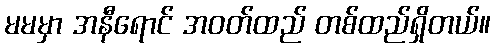
မမမှာ အနီရောင် အဝတ်ထည် တစ်ထည်ရှိတယ်။